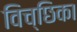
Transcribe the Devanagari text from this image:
विच्छिका